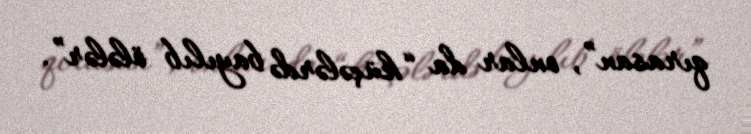
qırasan”, onlar da “küçələrdə bayılıb ölələr”.